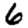
Digit: 6